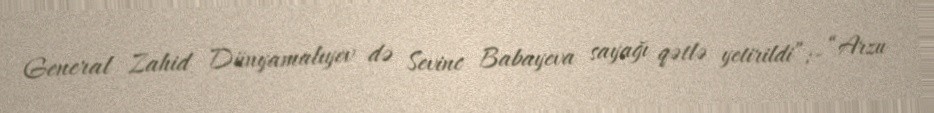
General Zahid Dünyamalıyev də Sevinc Babayeva sayağı qətlə yetirildi”;- “Arzu